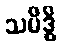
သမိဒ္ဓိ